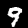
Label: 9